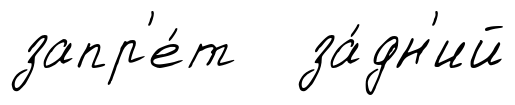
запр'е́т за́дн'ий